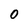
Character: 0